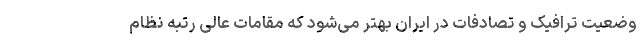
وضعیت ترافیک و تصادفات در ایران بهتر می‌شود که مقامات عالی رتبه نظام